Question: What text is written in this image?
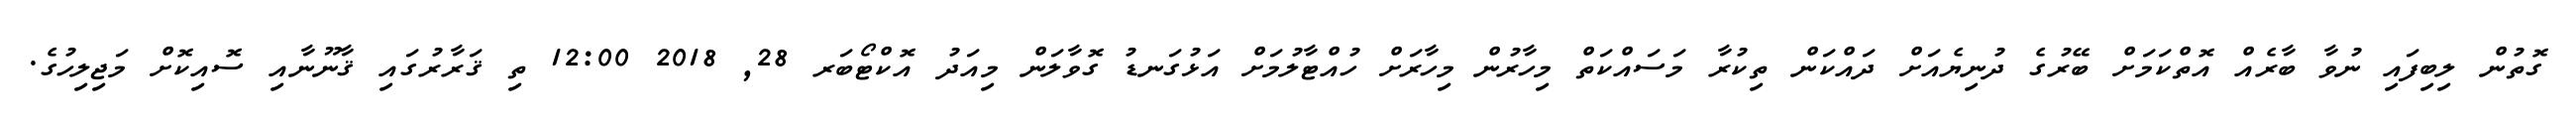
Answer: ގޮތުން ލިބިފައި ނުވާ ބާރެއް އޮތްކަމަށް ބޭރުގެ ދުނިޔެއަށް ދައްކަން ތިކުރާ މަސައްކަތް މިހާރުން މިހާރަށް ހުއްޓާލުމަށް އަޅުގަނޑު ގޮވާލަން މިއަދު އޮކްޓޯބަރ 28, 2018 12:00 ތި ޤަރާރުގައި ޤާނޫނާއި ސޮއިކޮށް މަޖިލިހުގެ.